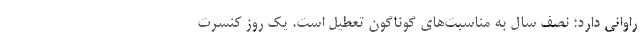
راوانی دارد؛ نصف سال به مناسبت‌های گوناگون تعطیل است. یک روز کنسرت